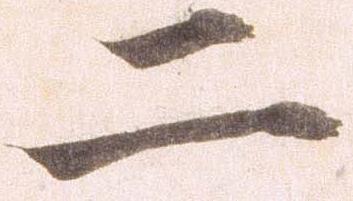
二